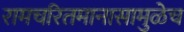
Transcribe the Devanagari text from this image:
रामचरितमानासामुळेच